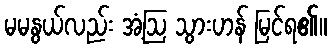
မမနွယ်လည်း အံ့ဩ သွားဟန် မြင်ရ၏။